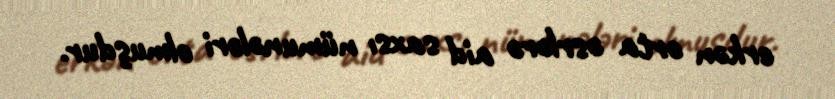
erkən orta əsrlərə aid saxsı nümunələri olmuşdur.